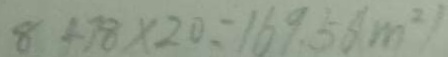
8 + 7 8 \times 2 0 = 1 6 9 . 5 6 ( m ^ { 2 } )